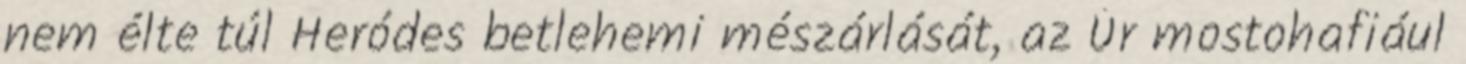
nem élte túl Heródes betlehemi mészárlását, az Úr mostohafiául